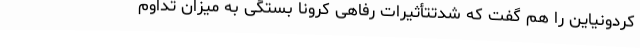
کردونیاین را هم گفت که شدتتأثیرات رفاهی کرونا بستگی به میزان تداوم